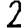
Digit: 2